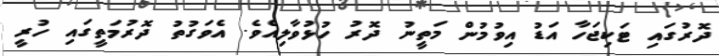
ދޮރުގައި ޓަކިޖަހާ އަޑު އިވުމުން މަތީނު ދޮރު ހުޅުވާލިއެވެ. އެވަގުތު ދޮރުމަތީގައި ހުރީ